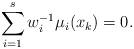
LaTeX: \begin{align*}\sum_{i=1}^s w_i^{-1}\mu_i(x_{k})=0.\end{align*}